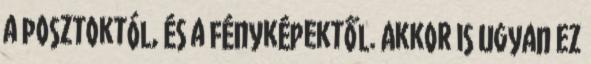
a posztoktól, és a fényképektől. Akkor is ugyan ez